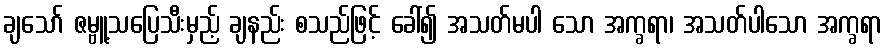
ချသော် ဇမ္ဗူ့သပြေသီးမှည့် ချနည်း စသည်ဖြင့် ခေါ်၍ အသတ်မပါ သော အက္ခရာ၊ အသတ်ပါသော အက္ခရာ